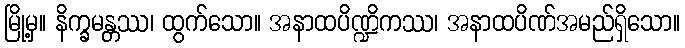
မြို့မှ။ နိက္ခမန္တဿ၊ ထွက်သော။ အနာထပိဏ္ဍိကဿ၊ အနာထပိဏ်အမည်ရှိသော။